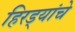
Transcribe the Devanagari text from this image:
हिरड्यांचे